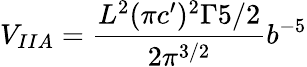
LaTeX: V_{IIA}=\frac{L^{2}(\pi c^{\prime})^{2}\Gamma{5/2}}{2\pi^{3/2}}b^{-5}